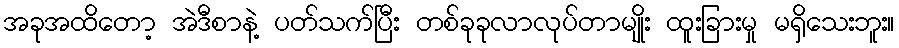
အခုအထိတော့ အဲဒီစာနဲ့ ပတ်သက်ပြီး တစ်ခုခုလာလုပ်တာမျိုး ထူးခြားမှု မရှိသေးဘူး။